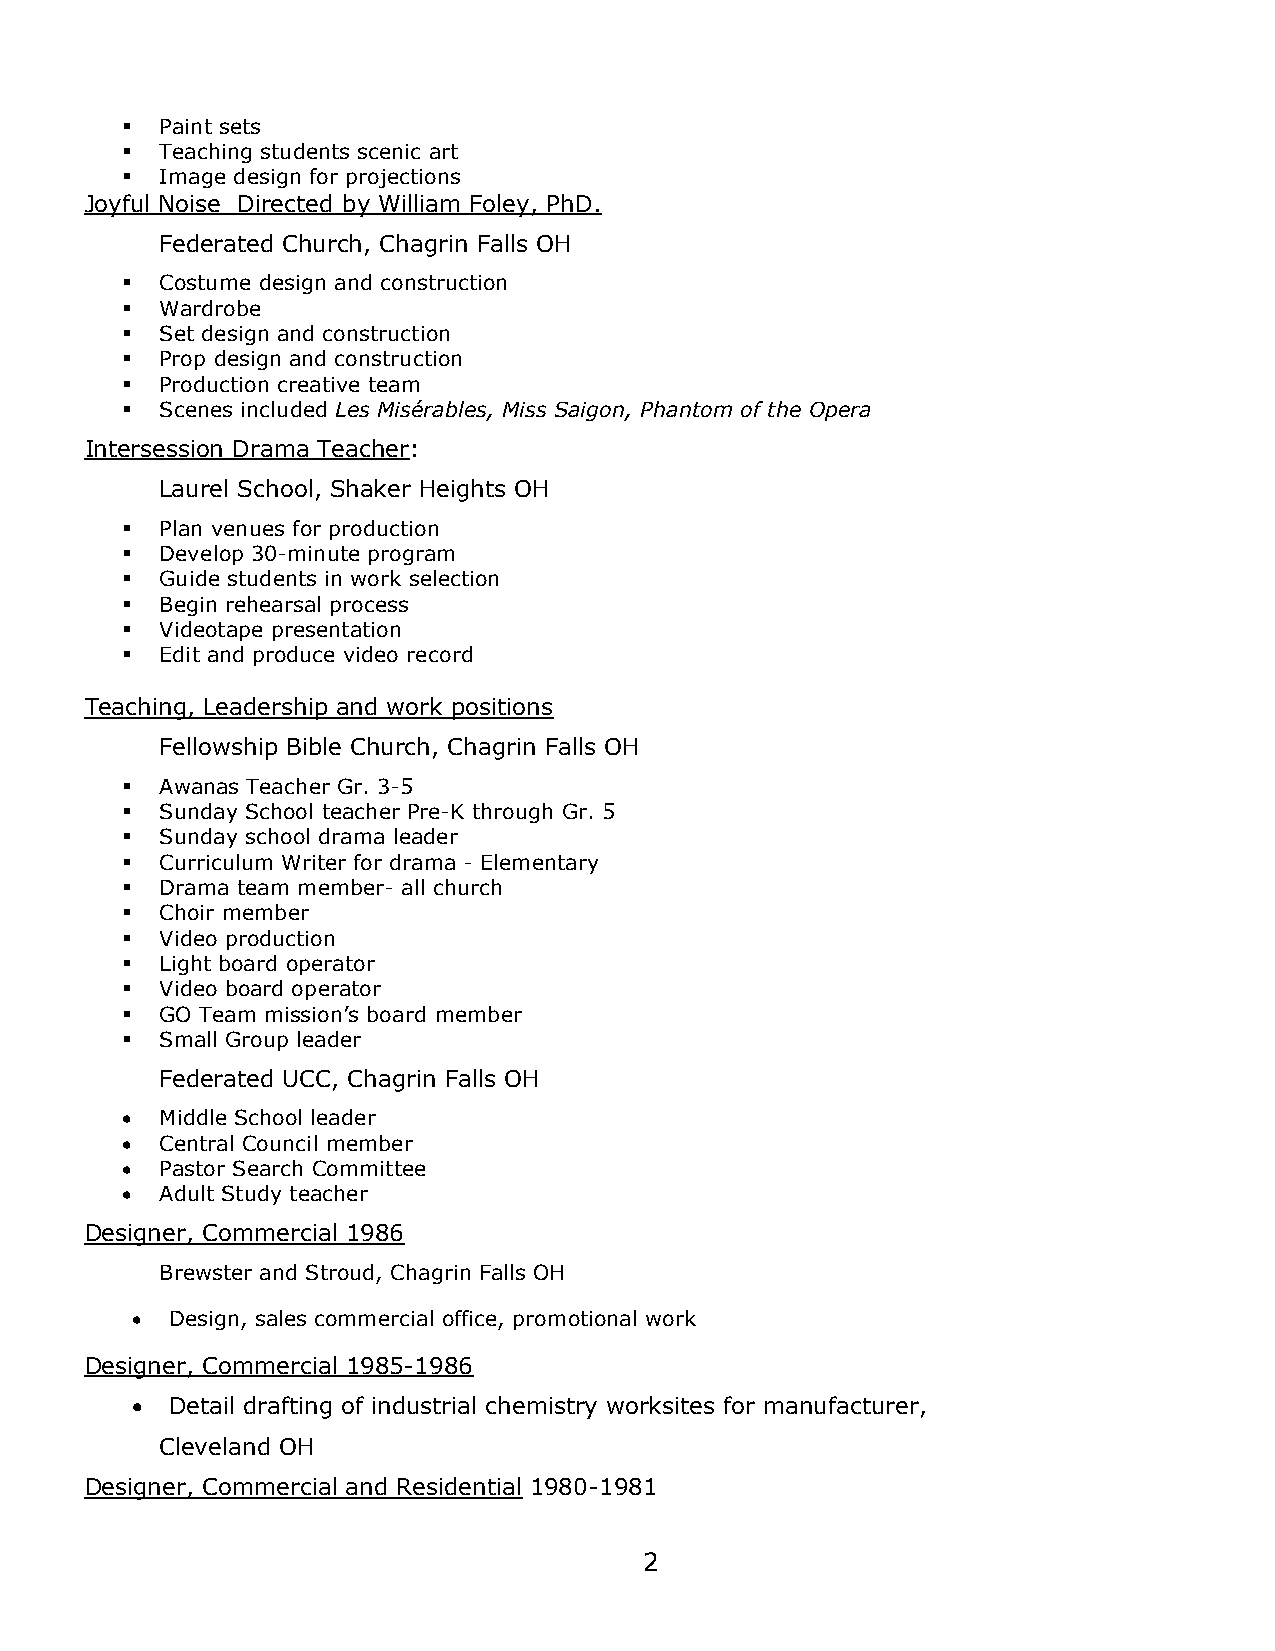
  Paint sets
   Teaching students scenic art
   Image design for projections
 Joyful Noise Directed by William Foley, PhD.
 Federated Church, Chagrin Falls OH
   Costume design and construction
   Wardrobe
   Set design and construction
   Prop design and construction
   Production creative team
   Scenes included Les Misérables, Miss Saigon, Phantom of the Opera
 Intersession Drama Teacher:
 Laurel School, Shaker Heights OH
   Plan venues for production
   Develop 30-minute program
   Guide students in work selection
   Begin rehearsal process
   Videotape presentation
   Edit and produce video record
 Teaching, Leadership and work positions
 Fellowship Bible Church, Chagrin Falls OH
   Awanas Teacher Gr. 3-5
   Sunday School teacher Pre-K through Gr. 5
   Sunday school drama leader
   Curriculum Writer for drama - Elementary
   Drama team member- all church
   Choir member
   Video production
   Light board operator
   Video board operator
   GO Team mission’s board member
   Small Group leader
 Federated UCC, Chagrin Falls OH
   Middle School leader
   Central Council member
   Pastor Search Committee
   Adult Study teacher
 Designer, Commercial 1986
 Brewster and Stroud, Chagrin Falls OH
  Design, sales commercial office, promotional work
 Designer, Commercial 1985-1986
  Detail drafting of industrial chemistry worksites for manufacturer,
 Cleveland OH
 Designer, Commercial and Residential 1980-1981
 2